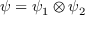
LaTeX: \psi = \psi _ { 1 } \otimes \psi _ { 2 }